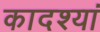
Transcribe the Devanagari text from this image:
कादश्यां